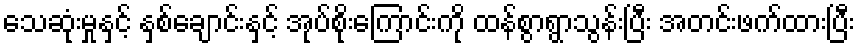
သေဆုံးမှုနှင့် နှစ်ချောင်းနှင့် အုပ်စိုးကြောင်းကို ထန်စွာရွာသွန်းပြီး အတင်းဖက်ထားပြီး